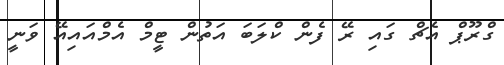
ގްރޫޕް އެޗް ގައި ރޭ ފެން ކްލަބަ އަތުން ޓީމް އެމްއައިއޭ ވަނީ